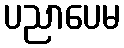
ပညာပေမ